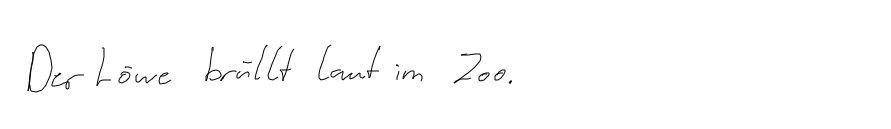
Der Löwe brüllt laut im Zoo.